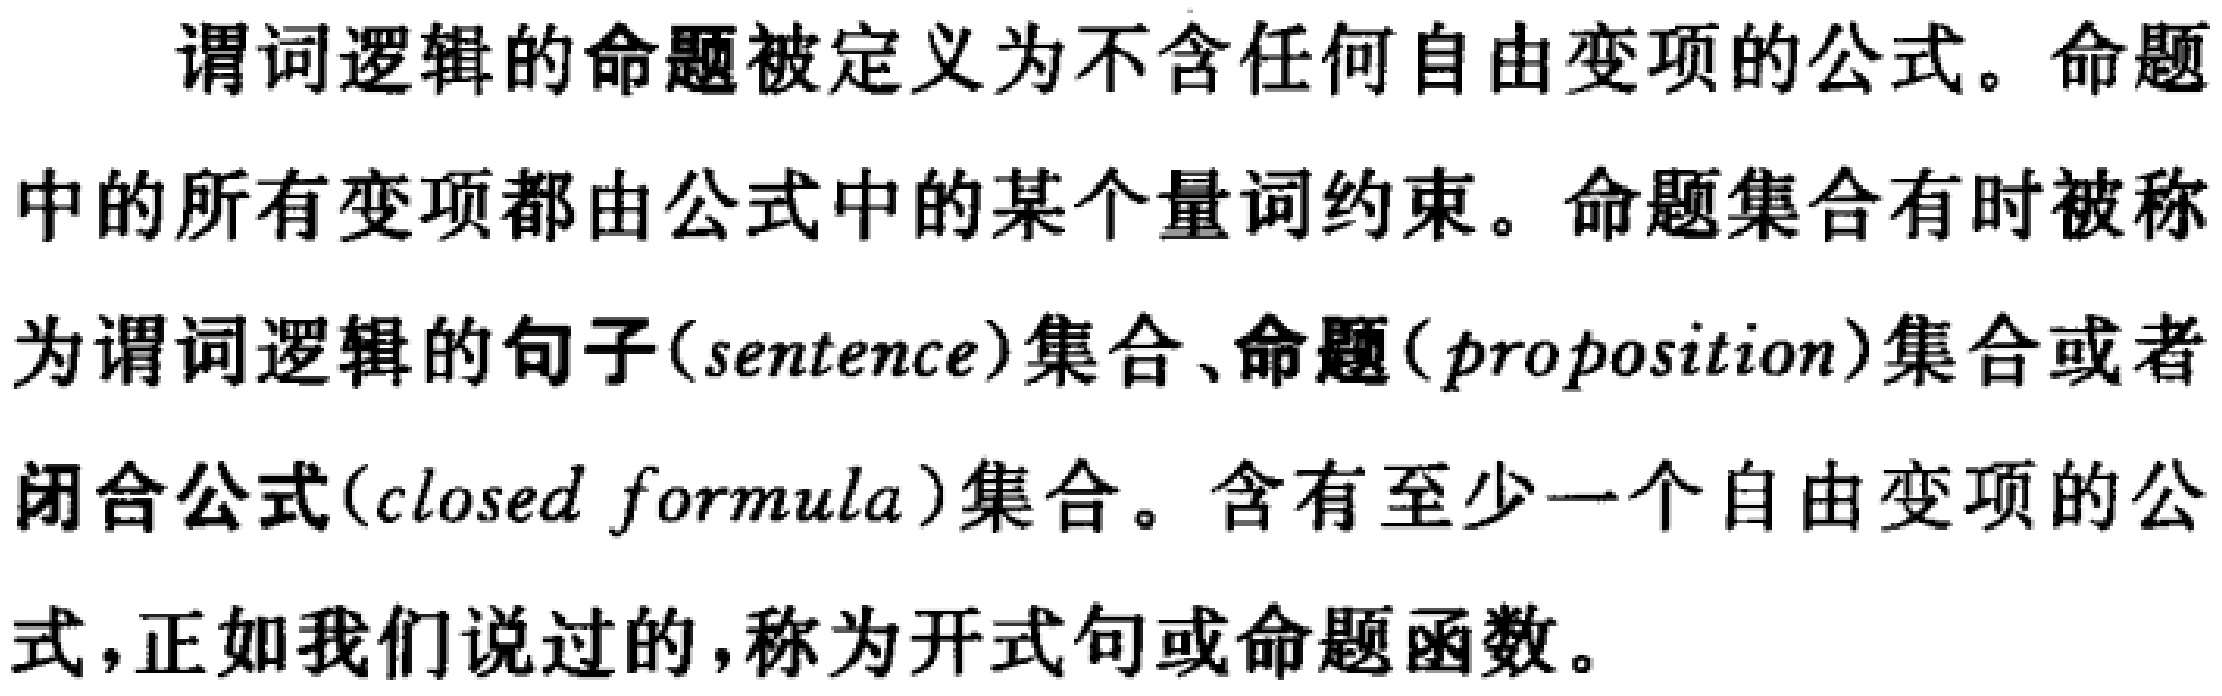
谓词逻辑的命题被定义为不含任何自由变项的公式。命题中的所有变项都由公式中的某个量词约束。命题集合有时被称为谓词逻辑的句子(sentence)集合、命题(proposition)集合或者闭合公式(closed formula)集合。含有至少一个自由变项的公式，正如我们说过的，称为开式句或命题函数。